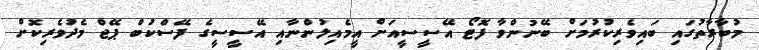
މުބާރާތުގައި ބައިވެރިކުރުމަށް ބޭނުންވާ ފޮޓޯ އޭސީސީއަށް އީމެއިލުންނާއި އޭސީސީގެ ފޭސްކުބް ޕޭޖް މެދުވެރިކޮށް